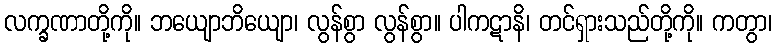
လက္ခဏာတို့ကို။ ဘယျောဘိယျော၊ လွန်စွာ လွန်စွာ။ ပါကဋာနိ၊ တင်ရှားသည်တို့ကို။ ကတွာ၊